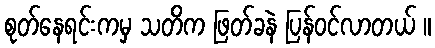
စုတ်နေရင်းကမှ သတိက ဖြတ်ခနဲ ပြန်ဝင်လာတယ် ။